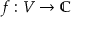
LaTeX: f : V \rightarrow \mathbb { \mathbb { C } }